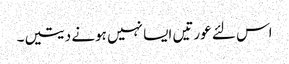
اس لئے عورتیں ایسا نہیں ہونے دیتیں۔